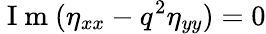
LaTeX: \mathrm{~I~m~}(\eta_{xx}-q^{2}\eta_{yy})=0